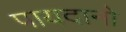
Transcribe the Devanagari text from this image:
पायदानो